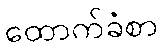
ထောက်ခံစာ